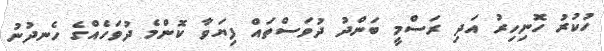
ހުކުރު ހޮނިހިރު އަދި ރަސްމީ ބަންދު ދުވަސްތައް ފިޔަވާ ކޮންމެ ދުވަހެއްގެ ހެނދުނު